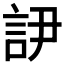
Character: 𲁥